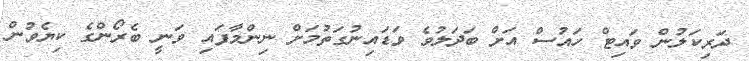
ދަރިކަލުން ވައިޓް ހައުސް އަށް ބަދަލުވެ ވަޑައިނުގަތުމަށް ނިންމާފައި ވަނީ ބެރޯންގެ ކިޔެވުން